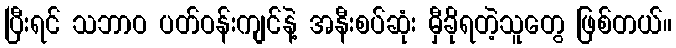
ပြီးရင် သဘာဝ ပတ်ဝန်းကျင်နဲ့ အနီးစပ်ဆုံး မှီခိုရတဲ့သူတွေ ဖြစ်တယ်။